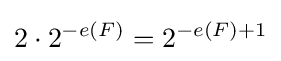
2\cdot 2^{-e(F)}=2^{-e(F)+1}